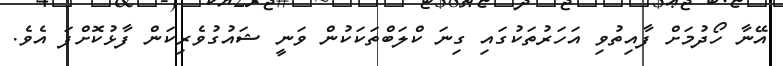
އޭނާ ހޯދުމަށް ފާއިތުވި އަހަރުތަކުގައި ގިނަ ކްލަބްތަކަކުން ވަނީ ޝައުގުވެރިކަން ފާޅުކޮށްފަ އެވެ.